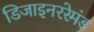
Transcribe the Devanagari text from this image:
डिजाइनररेमंड